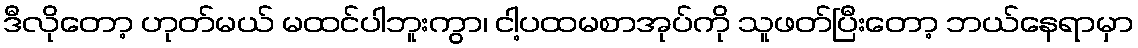
ဒီလိုတော့ ဟုတ်မယ် မထင်ပါဘူးကွာ၊ ငါ့ပထမစာအုပ်ကို သူဖတ်ပြီးတော့ ဘယ်နေရာမှာ